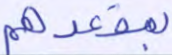
بمقعدهم